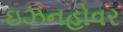
ઇઝનહોવર